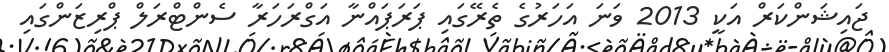
ޖައިޝަންކަރް އަކީ 2013 ވަނަ އަހަރުގެ ތެރޭގައި ޕަރަޕައްނާ އަގްރަހަރާ ސެންޓްރަލް ޕްރިޒަންގައި